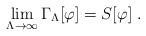
\begin{align*}\lim_{\Lambda\rightarrow\infty}\Gamma_{\Lambda}[\varphi] = S[\varphi]\;.\end{align*}